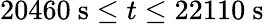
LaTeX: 20460\ \mathrm{s}\leq t\leq 22110\ \mathrm{s}